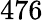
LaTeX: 476